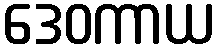
ဒေဝကာယ